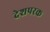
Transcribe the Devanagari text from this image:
देशपरक